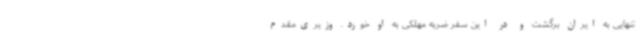
تنهایی به ایران برگشت و در این سفر ضربه مهلکی به او خورد. وزیری‌مقدم